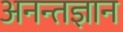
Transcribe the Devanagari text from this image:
अनन्तज्ञान